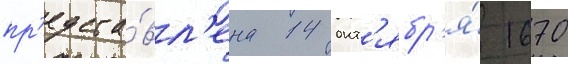
пр'едста́вл'ена 14 окт'ябр'я́ 1670